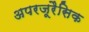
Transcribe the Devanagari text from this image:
अपरजूरैसिक